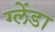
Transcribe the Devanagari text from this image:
ग्लेंडा